Scottish Leaving Certificate Examination, 1961
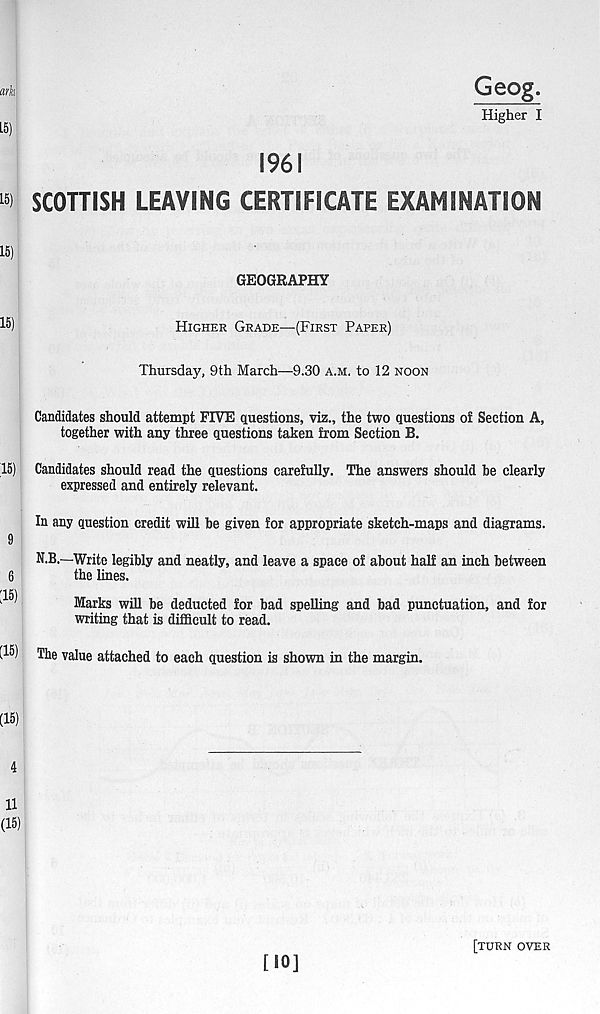
arts
Geog.
Higher I
1961
SCOTTISH LEAVING CERTIFICATE EXAMINATION
15)
GEOGRAPHY
15)
Higher Grade—(First Paper)
Thursday, 9th March—9.30 a.m. to 12 noon
Candidates should attempt FIVE questions, viz., the two questions of Section A,
together with any three questions taken from Section B.
15) Candidates should read the questions carefully. The answers should be clearly
expressed and entirely relevant.
In any question credit will be given for appropriate sketch-maps and diagrams.
9
N.B.—Write legibly and neatly, and leave a space of about half an inch between
6
the lines.
r 15)
1 ■
Marks will be deducted for bad spelling and bad punctuation, and for
writing that is difficult to read.
(15) The value attached to each question is shown in the margin.
(15)
4
11
(15)
[10]
[turn over